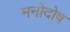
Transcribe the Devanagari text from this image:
मनोदोष